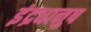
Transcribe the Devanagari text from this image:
इंद्रधानुष